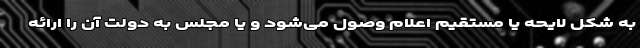
به شکل لایحه یا مستقیم اعلام وصول می‌شود و یا مجلس به دولت آن را ارائه